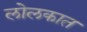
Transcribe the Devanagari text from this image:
लोलकात